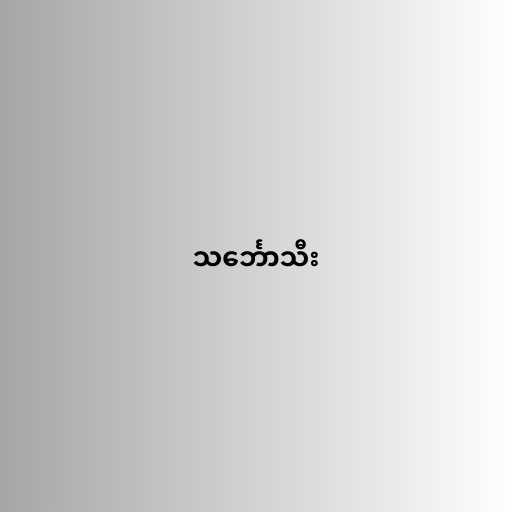
သင်္ဘောသီး